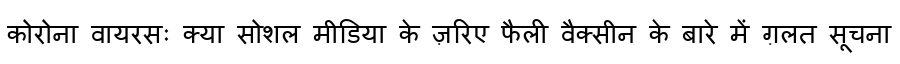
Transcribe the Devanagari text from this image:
कोरोना वायरसः क्या सोशल मीडिया के ज़रिए फैली वैक्सीन के बारे में ग़लत सूचना